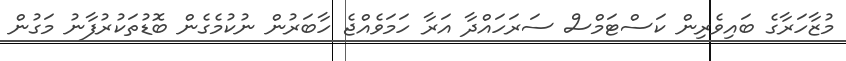
މުޒާހަރާގެ ބައިވެރިން ކަސްޓަމްސް ސަރަހައްދާ އަރާ ހަމަވެއްޖެ ހާބަރުން ނުކުމެގެން ބޮޑުތަކުރުފާނު މަގުން